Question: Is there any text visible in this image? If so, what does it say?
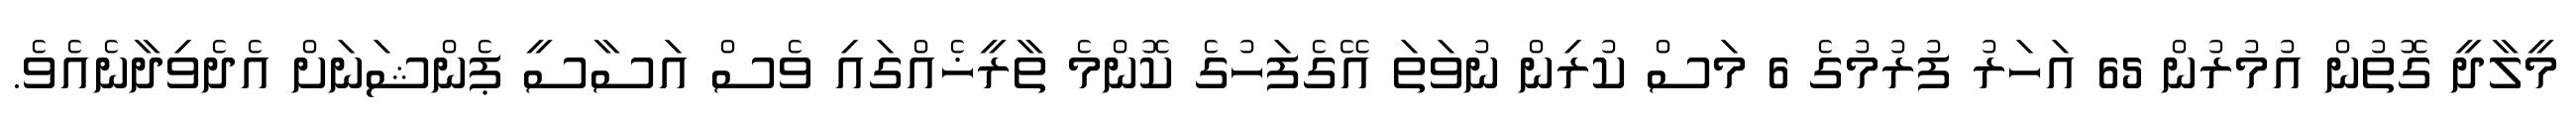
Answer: މީލާދީ ގޮތުން އުމުރުން 65 އަހަރު ފުރުމުގެ 6 މަސް ކުރިން ނުވަތަ އޭގެފަހުގެ ކޮންމެ ތާރީޚެއްގައި ވެސް އަސާސީ ޕެންޝަނަށް އެދެވިދާނެއެވެ.